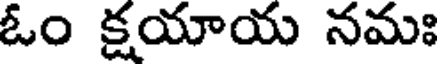
ఓం క్షయాయ నమః